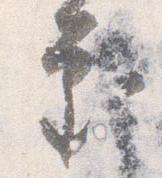
審